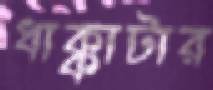
ধাক্কাটার